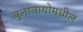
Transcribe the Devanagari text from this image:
बुलावायोमधील